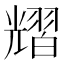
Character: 𦒉